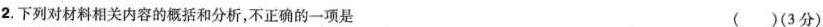
2.下列对材料相关内容的核括和分析，不正确的一项是 ( )(3分)